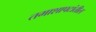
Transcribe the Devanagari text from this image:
तमाशापटांतील